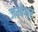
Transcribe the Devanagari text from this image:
जम्बेश्वर